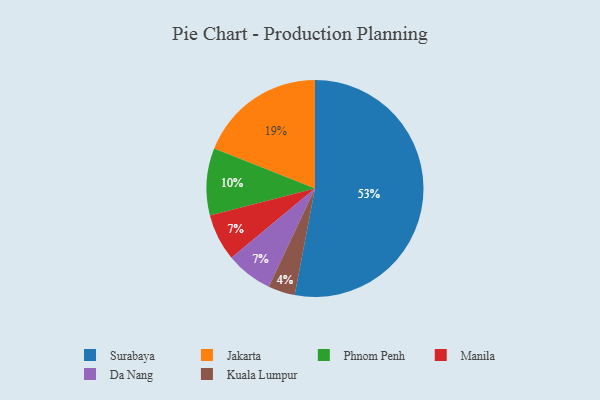
{"axis": {"x": "Category", "y": "Percentage"}, "legend": ["Da Nang", "Jakarta", "Kuala Lumpur", "Manila", "Phnom Penh", "Surabaya"], "data": [{"x": "Phnom Penh", "y": 10, "type": "Phnom Penh"}, {"x": "Kuala Lumpur", "y": 4, "type": "Kuala Lumpur"}, {"x": "Manila", "y": 7, "type": "Manila"}, {"x": "Surabaya", "y": 53, "type": "Surabaya"}, {"x": "Jakarta", "y": 19, "type": "Jakarta"}, {"x": "Da Nang", "y": 7, "type": "Da Nang"}]}